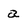
Character: a